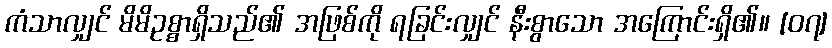
ကံသာလျှင် မိမိဥစ္စာရှိသည်၏ အဖြစ်ကို ရခြင်းလျှင် နီးစွာသော အကြောင်းရှိ၏။ [၀၇]